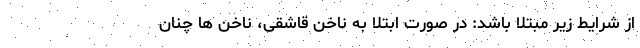
از شرایط زیر مبتلا باشد: در صورت ابتلا به ناخن قاشقی، ناخن ها چنان